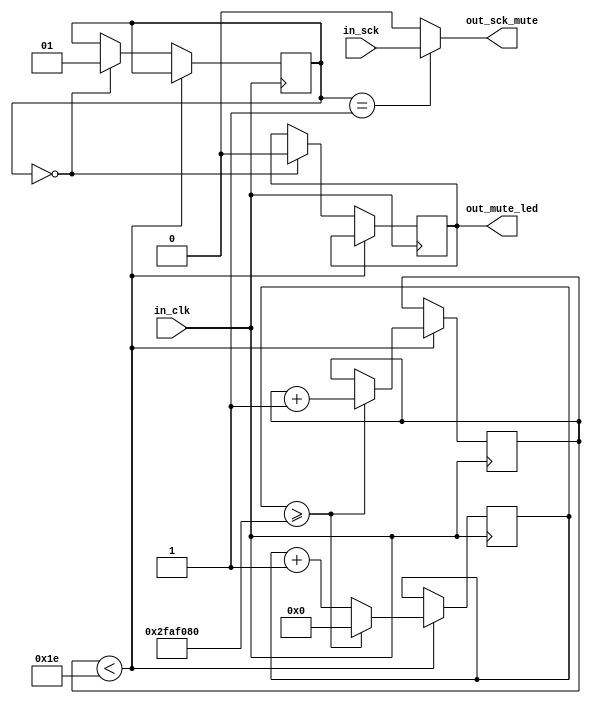
/*

Module for mute BCK output for 30 seconds.

Author: drhl
Year: 2023

*/

module mute_sck(
	input in_clk, // system clock, 50 MHz
	input in_sck, // I2S SCK/BCK input
	output out_sck_mute, // I2S SCK/BCK output with mute function 
	output reg out_mute_led  // status LED for muted state
); 

reg [28:0] counter;	// counts in_clk ticks
reg [7:0] seconds;	// number of elapsed seconds
reg [1:0] enable;	// BCK output enable flag

initial begin
	counter <= 0;
	seconds <= 0;
	out_mute_led <= 1;
	enable <= 0;
end

// assign input BCK to output BCK only when BCK output flag is asserted
assign out_sck_mute = enable == 1 ? in_sck : 0;

always @(posedge in_clk)
begin
   // wait ca. 30s
	if(seconds < 30)
		begin
			// in_clk - 50MHz
			if(counter >= 50000000) begin
				counter <= 0;
				seconds <= seconds + 1;
			end else begin
				counter <= counter + 1;
			end
		end
	else
		begin
			if(enable == 0) begin
				// turn off mute LED
				out_mute_led <= 0;
				// enable BCK/SCK output
				enable <= 1;
			end
		end
end

endmodule